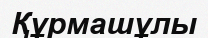
Құрмашұлы